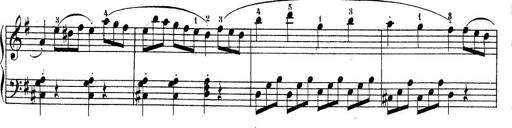
Title: Piano Sonatine No.2
Composer: Peter Piel
Key: G major